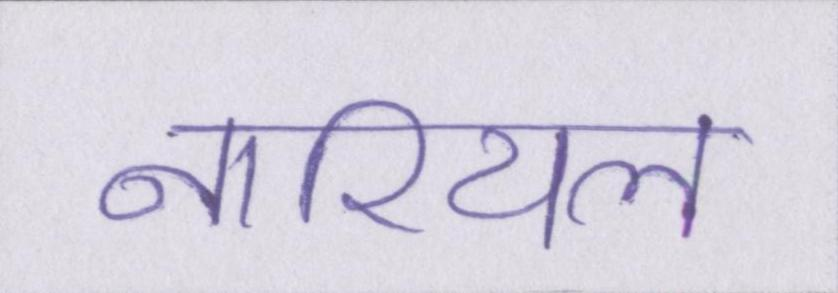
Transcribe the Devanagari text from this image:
नारियल